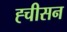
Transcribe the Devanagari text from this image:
ह्चीसन